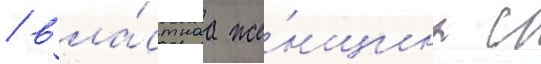
/ вла́стнаа же́нщина с